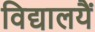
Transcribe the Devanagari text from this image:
विद्यालयैं